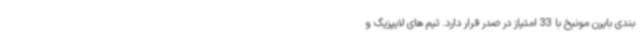
بندی بایرن مونیخ با 33 امتیاز در صدر قرار دارد. تیم های لایپزیگ و